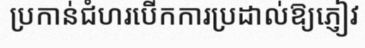
ប្រកាន់ជំហរបើកការប្រដាល់ឱ្យភ្ញៀវ